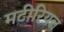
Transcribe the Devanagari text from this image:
मटीरियल